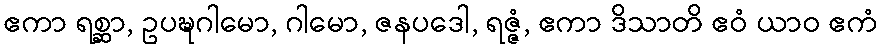
ဧကာ ရစ္ဆာ, ဥပဍ္ဎဂါမော, ဂါမော, ဇနပဒေါ, ရဇ္ဇံ, ဧကာ ဒိသာတိ ဧဝံ ယာဝ ဧကံ